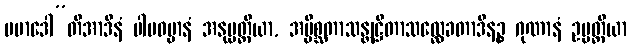
ပမာဒေါ”တိအာဒီနံ ပါပဓမ္မာနံ အနုပ္ပတ္တိယာ, အပ္ပိစ္ဆတာသန္တုဋ္ဌိတာသလ္လေခတာဒီနဉ္စ ဂုဏာနံ ဥပ္ပတ္တိယာ